Civil Veterinary Department ledger series I-VI
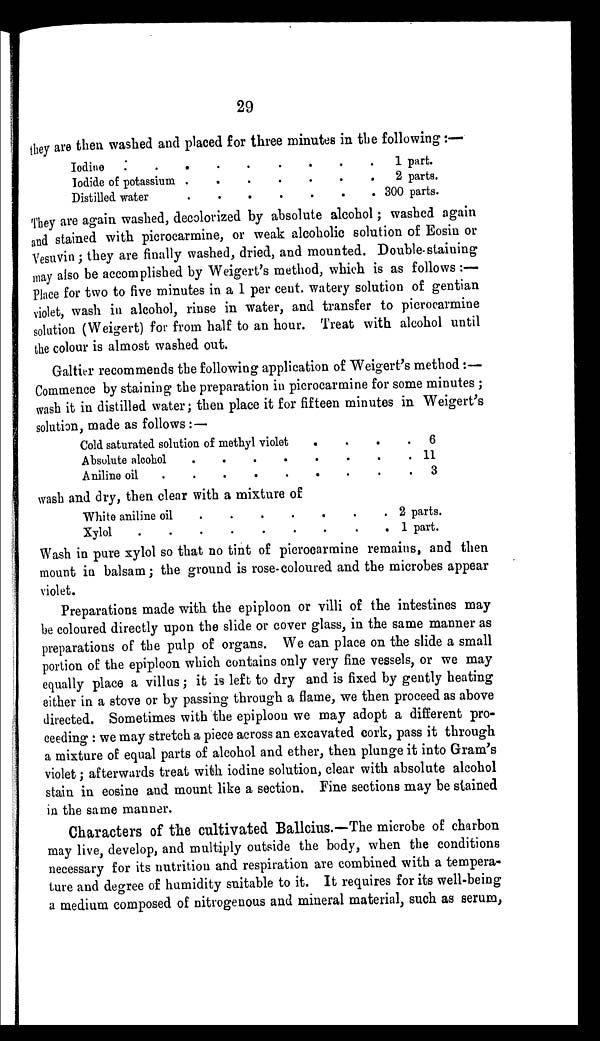
29
they are then washed and placed for three minutes in the following :—
Iodine . . . . . . . . .
Iodide of potassium
.
.
.
.
.
.
.
Distilled water
.
.
.
.
.
.
.
1 part.
2 parts.
300 parts.
They are again washed, decolorized by absolute alcohol ; washed again
and stained with picrocarmine, or weak alcoholic solution of Eosin or
Vesuvin; they are finally washed, dried, and mounted. Double staining
may also be accomplished by Weigert's method, which is as follows :—
Place for two to five minutes in a 1 per cent. watery solution of gentian
violet, wash in alcohol, rinse in water, and transfer to picrocarmine
solution (Weigert) for from half to an hour. Treat with alcohol until
the colour is almost washed out.
Galtier recommends the following application of Weigert's method:—
Commence by staining the preparation in picrocarmine for some minutes;
wash it in distilled water; then place it for fifteen minutes in Weigert's
solution, made as follows:—
Cold saturated solution of methyl violet
.
.
.
.
Absolute alcohol
.
.
.
.
.
.
.
.
Aniline oil
.
.
.
.
.
.
.
.
.
6
11
3
wash and dry, then clear with a mixture of
White aniline oil
.
.
.
.
.
.
.
Xylol . . . . . . . . .
2 parts.
1 part.
Wash in pure xylol so that no tint of picrocarmine remains, and then
mount in balsam; the ground is rose-coloured and the microbes appear
violet.
Preparations made with the epiploon or villi of the intestines may
be coloured directly upon the slide or cover glass, in the same manner as
preparations of the pulp of organs. We can place on the slide a small
portion of the epiploon which contains only very fine vessels, or we may
equally place a villus; it is left to dry and is fixed by gently heating
either in a stove or by passing through a flame, we then proceed as above
directed. Sometimes with the epiploon we may adopt a different pro-
ceeding : we may stretch a piece across an excavated cork, pass it through
a mixture of equal parts of alcohol and ether, then plunge it into Gram's
violet; afterwards treat with iodine solution, clear with absolute alcohol
stain in eosine and mount like a section. Fine sections may be stained
in the same manner.
Characters of the cultivated Ballcius.—The microbe of charbon
may live, develop, and multiply outside the body, when the conditions
necessary for its nutrition and respiration are combined with a tempera-
ture and degree of humidity suitable to it. It requires for its well-being
a medium composed of nitrogenous and mineral material, such as serum,